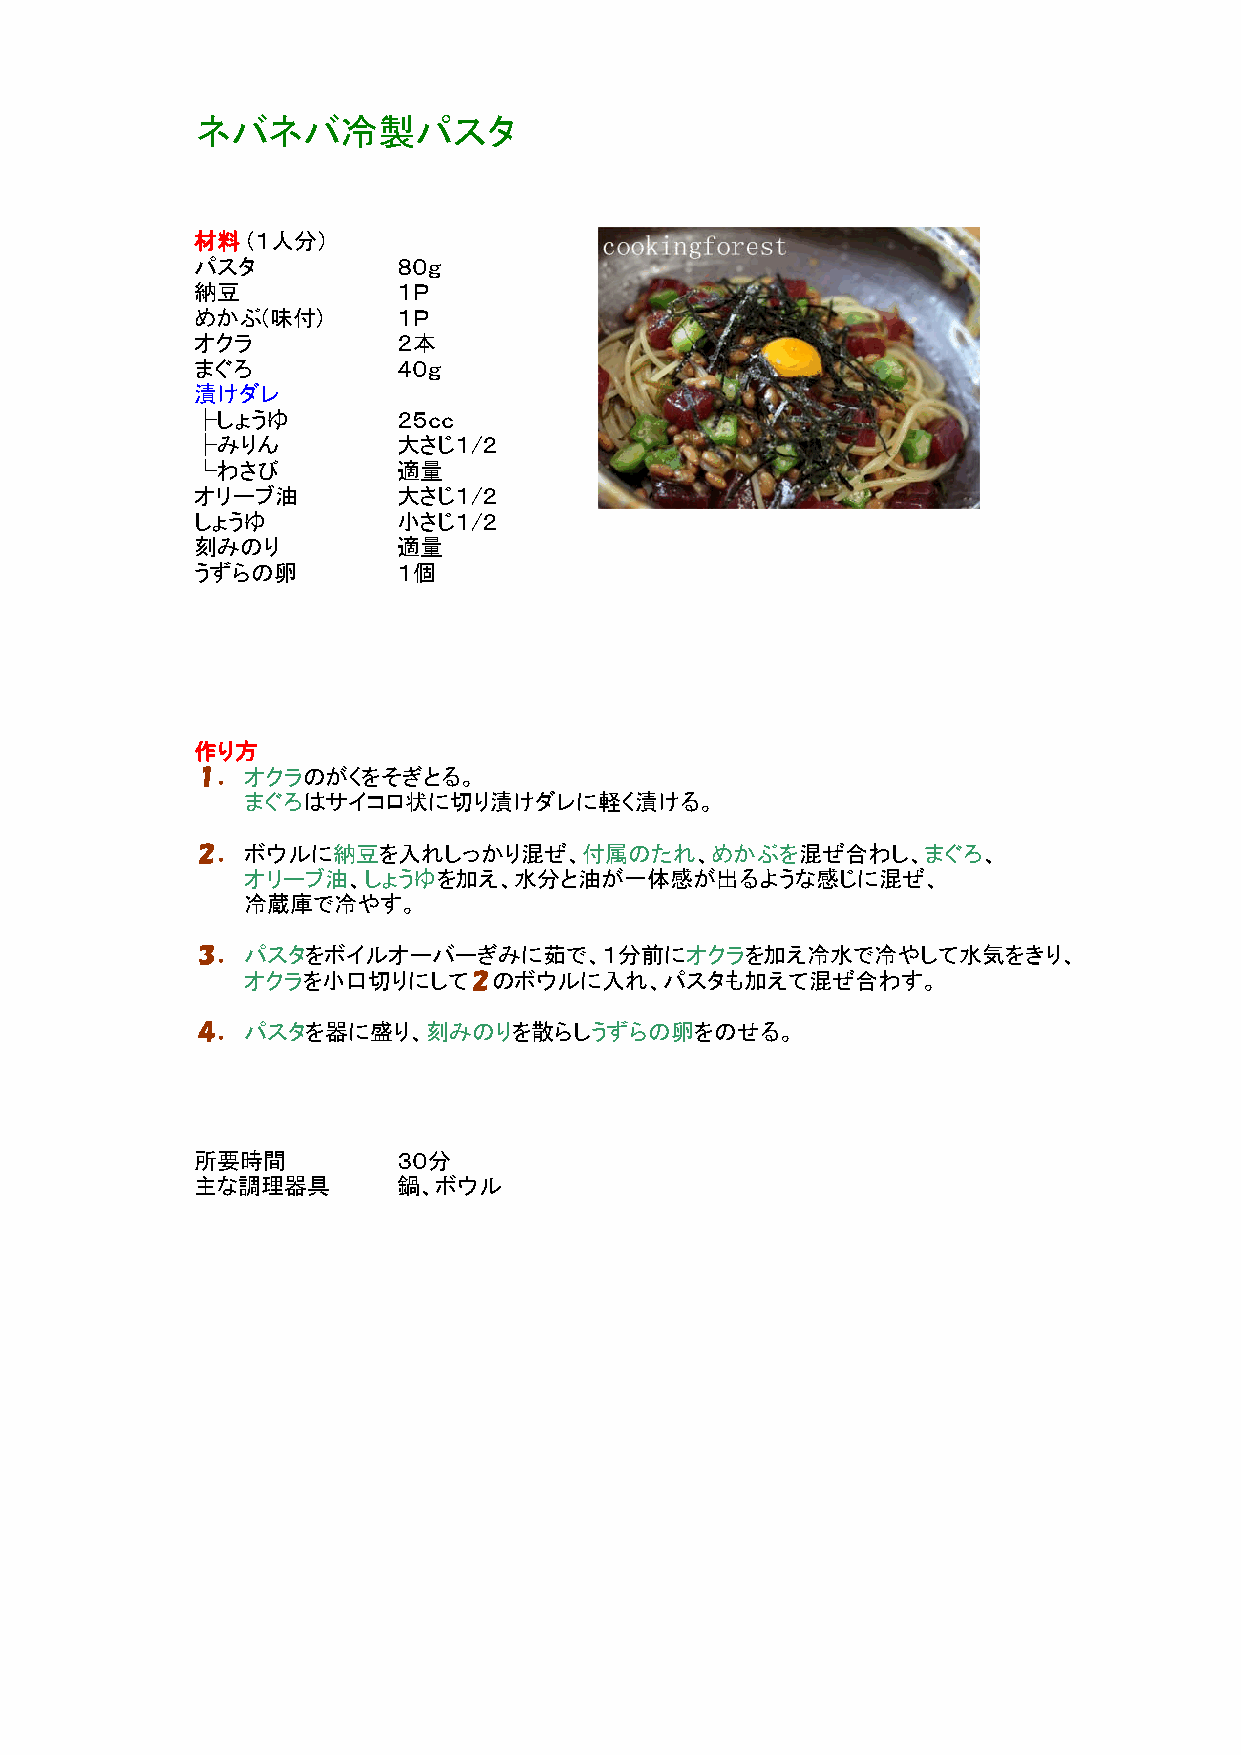
ネバネバ冷製パスタ
 材料（１人分）
 パスタ          ８０ｇ
 納豆           １Ｐ
 めかぶ(味付)      １Ｐ
 オクラ          ２本
 まぐろ          ４０ｇ
 漬けダレ
 ├しょうゆ        ２５ｃｃ
 ├みりん         大さじ１/２
 └わさび         適量
 オリーブ油        大さじ１/２
 しょうゆ         小さじ１/２
 刻みのり         適量
 うずらの卵        １個
 作り方
 １．オクラのがくをそぎとる。
 まぐろはサイコロ状に切り漬けダレに軽く漬ける。
 ２．ボウルに納豆を入れしっかり混ぜ、付属のたれ、めかぶを混ぜ合わし、まぐろ、
 オリーブ油、しょうゆを加え、水分と油が一体感が出るような感じに混ぜ、
 冷冷蔵蔵庫庫でで冷冷ややすす。
 ３．パスタをボイルオーバーぎみに茹で、１分前にオクラを加え冷水で冷やして水気をきり、
 オクラを小口切りにして２のボウルに入れ、パスタも加えて混ぜ合わす。
 ４．パスタを器に盛り、刻みのりを散らしうずらの卵をのせる。
 所要時間         ３０分
 主な調理器具       鍋、ボウル